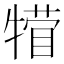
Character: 𪺴